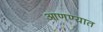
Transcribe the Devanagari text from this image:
आणण्यात